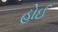
હોઈ